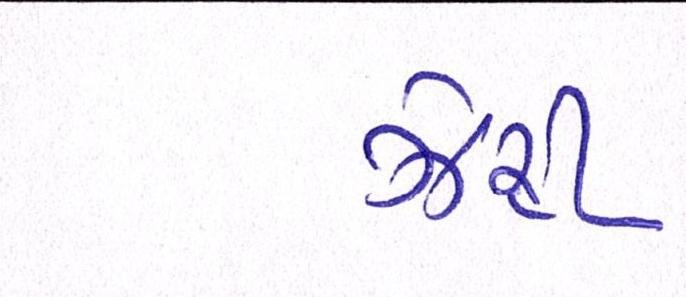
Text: ઝેરી